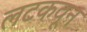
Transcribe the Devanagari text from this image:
लटकवून